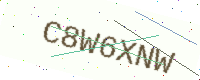
Text: C8W6XNW